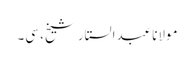
مولانا عبدالستار شیخ، سی۔